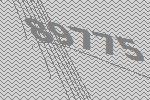
89775